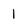
Character: 1